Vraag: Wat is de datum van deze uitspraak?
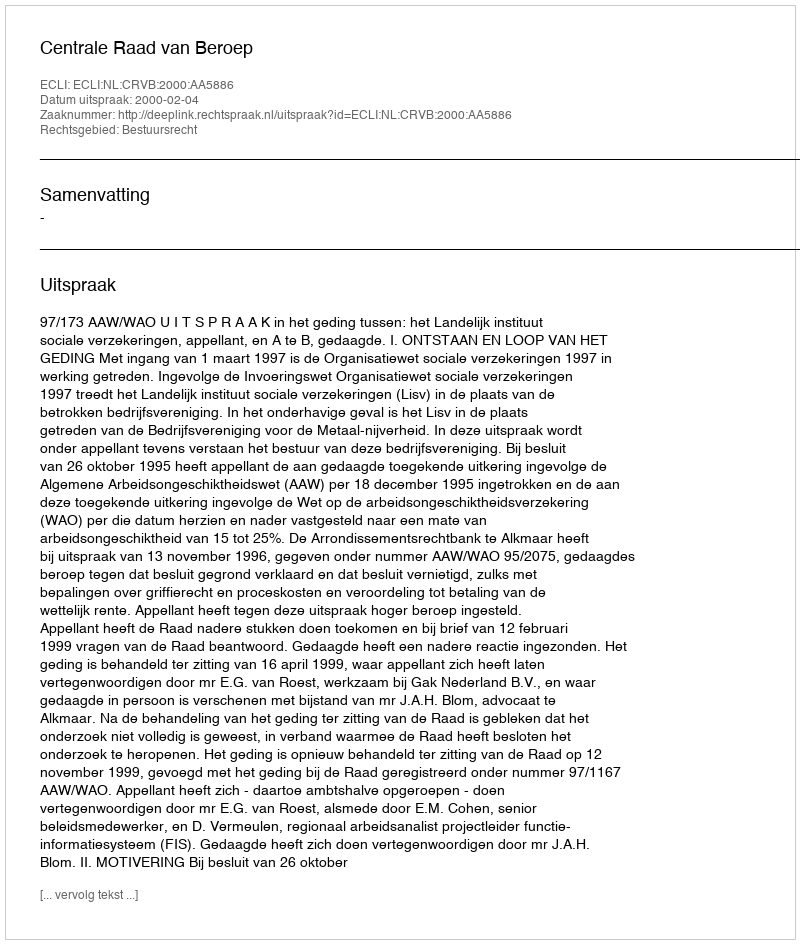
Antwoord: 2000-02-04